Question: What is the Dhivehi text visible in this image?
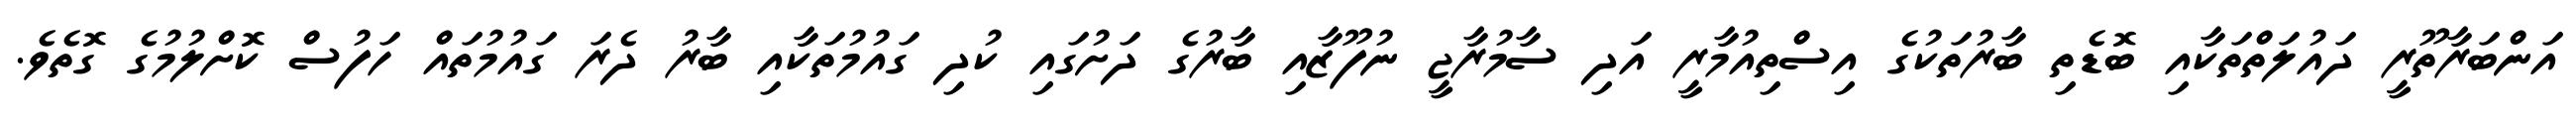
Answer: އަންބަރާތޫރީ ދައުލަތްތަކާއި ބޮޑެތި ބާރުތަކުގެ އިސްތިއުމާރީ އަދި ސާމުރާޖީ ނުފޫޒާއި ބާރުގެ ދަށުގައި ކުދި ގައުމުތަކާއި ބާރު ދެރަ ގައުމުތައް ހަފުސް ކޮށްލުމުގެ ގޮތެވެ.